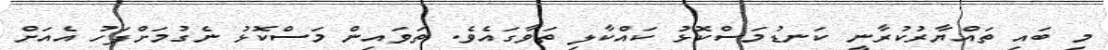
މި ބައި ތައްޔާރުކުރާނީ ކަނޑުމަސްކޮޅު ކައްކާލި ތަވާގައެވެ. ތަވައިން މަސްކޮޅު ނެގުމަށްފަހު އެއަށް